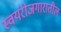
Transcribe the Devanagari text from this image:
स्वयंरोजगारातील